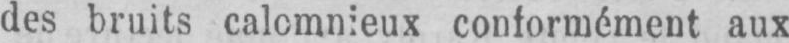
des bruits calomnieux conformément aux